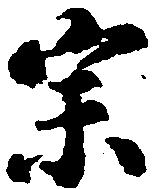
宗